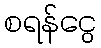
စရန်ငွေ